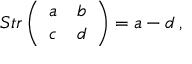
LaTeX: S t r \left( \begin{array} { c c } { { a } } & { { b } } \\ { { c } } & { { d } } \end{array} \right) = a - d \, ,